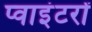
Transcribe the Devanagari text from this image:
प्वाइंटरों